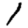
Digit: 1